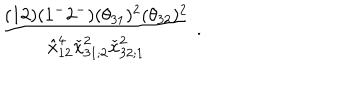
{ \frac { ( 1 2 ) ( 1 ^ { - } 2 ^ { - } ) ( \theta _ { 3 1 } ) ^ { 2 } ( \theta _ { 3 2 } ) ^ { 2 } } { \hat { x } _ { 1 2 } ^ { 4 } \check { x } _ { 3 1 ; 2 } ^ { 2 } \check { x } _ { 3 2 ; 1 } ^ { 2 } } } \; .